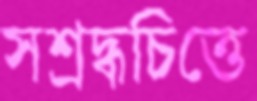
সশ্রদ্ধচিত্তে